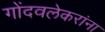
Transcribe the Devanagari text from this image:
गोंदवलेकरांना